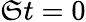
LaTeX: \mathfrak{S}t=0